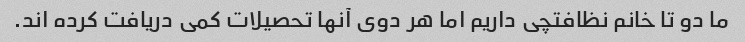
ما دو تا خانم نظافتچی داریم اما هر دوی آنها تحصیلات کمی دریافت کرده اند.